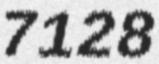
7128